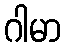
ဂါမာ